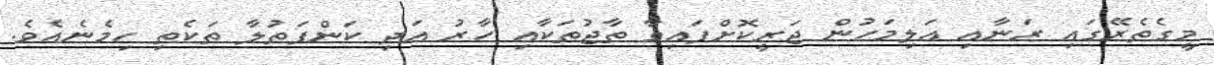
މީގެތެރޭގައި ރަނާއި އަލިމަހުން ޖަރީކޮށްފައިވާ ތާޖުތަކާއި ހާރު އަދި ކަންފަތުލާ ތަކެތި ހިމެނެއެވެ.